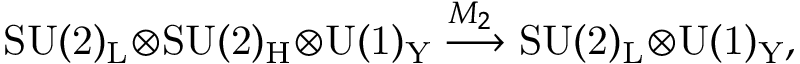
\mathrm { S U ( 2 ) _ { L } \! \otimes \! S U ( 2 ) _ { H } \! \otimes \! U ( 1 ) _ { Y } } \stackrel { \! \! M _ { 2 } } { \longrightarrow } \mathrm { S U ( 2 ) _ { L } \! \otimes \! U ( 1 ) _ { Y } } ,